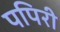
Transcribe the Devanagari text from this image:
पपिरी